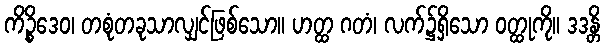
ကိဉ္စိဒေဝ၊ တစုံတခုသာလျှင်ဖြစ်သော။ ဟတ္ထ ဂတံ၊ လက်၌ရှိသော ဝတ္ထုကို။ ဒဒန္တိ